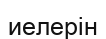
иелерін